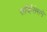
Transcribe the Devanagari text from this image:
सर्व्हिसेसने